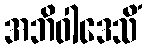
အဘိဝါဒေသိံ